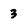
Character: 3